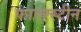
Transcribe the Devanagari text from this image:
फाएरस्टीन